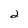
Character: 2